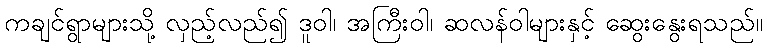
ကချင်ရွာများသို့ လှည့်လည်၍ ဒူဝါ၊ အကြီးဝါ၊ ဆလန်ဝါများနှင့် ဆွေးနွေးရသည်။